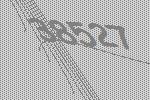
38527